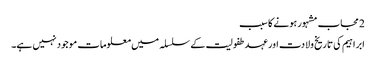
2 مجاب مشہور ہونے کا سبب
ابراہیم کی تاریخ ولادت اور عہد طفولیت کے سلسلہ میں معلومات موجود نہیں ہے۔